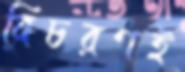
বিচরণই